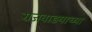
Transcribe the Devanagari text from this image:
राजवाडयाच्या